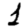
Digit: 1